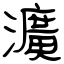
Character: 瀇